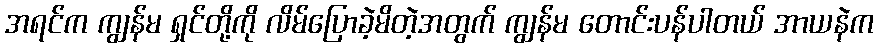
အရင်က ကျွန်မ ရှင်တို့ကို လိမ်ပြောခဲ့မိတဲ့အတွက် ကျွန်မ တောင်းပန်ပါတယ် အာယနဲက